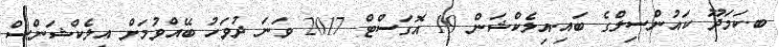
ބ.ކަމަދޫ ކައުންސިލްގެ ބައި-އިލެކްޝަން 19 އޮގަސްޓް 2017 ވަނަ ދުވަހު ބޭއްވުމަށް އިލެކްޝަންސް